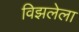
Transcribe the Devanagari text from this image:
विझलेला